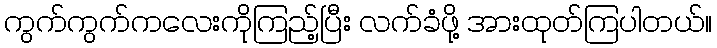
ကွက်ကွက်ကလေးကိုကြည့်ပြီး လက်ခံဖို့ အားထုတ်ကြပါတယ်။